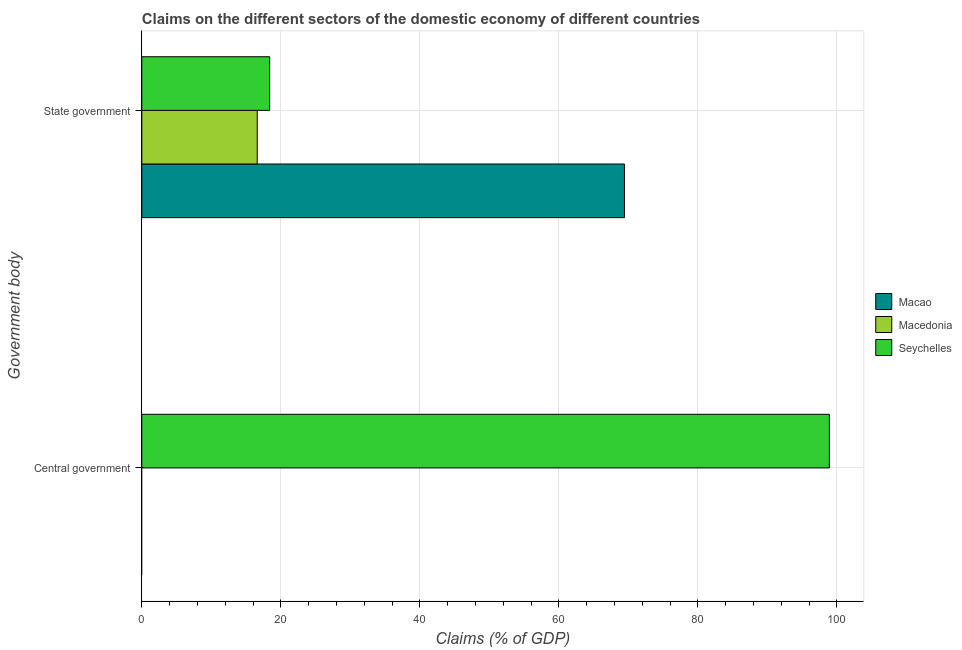
| Government body | Macao | Macedonia | Seychelles |
 | --- | --- | --- | --- |
 | Central government | -37.5 | -4.97 | 98.9 |
 | State government | 69.4 | 16.6 | 18.4 |